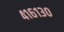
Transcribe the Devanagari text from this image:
४१६१३०